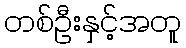
တစ်ဦးနှင့်အတူ